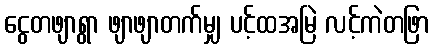
ငွေတဖျာရွာ ဖျာဖျာတက်မျှ ပင့်ထအမြဲ လင့်ကဲတဖြာ